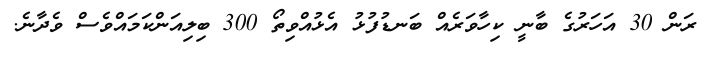
ރަން 30 އަހަރުގެ ބާނީ ކިހާވަރެއް ބަނޑުފުޅު އެޅުއްވިތޯ 300 ބިލިއަންކަމައްވެސް ވެދާނެ.